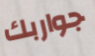
جواربك